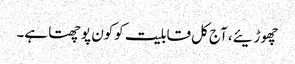
چھوڑیئے، آج کل قابلیت کوکون پوچھتا ہے۔